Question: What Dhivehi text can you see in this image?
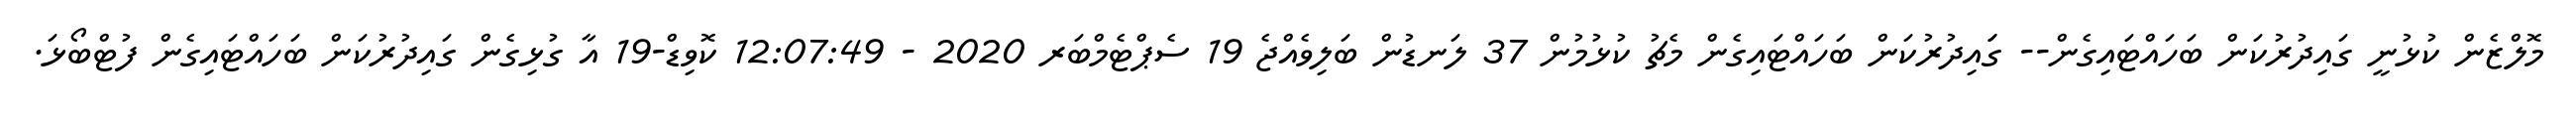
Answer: މޮލްޒެން ކުޅުނީ ގައިދުރުކަން ބަހައްޓައިގެން-- ގަައިދުރުކަން ބަހައްޓައިގެން މެޗު ކުޅުމުން 37 ލަނޑުން ބަލިވެއްޖެ 19 ސެޕްޓެމްބަރ 2020 - 12:07:49 ކޮވިޑް-19 އާ ގުޅިގެން ގައިދުރުކަން ބަހައްޓައިގެން ފުޓްބޯޅަ.